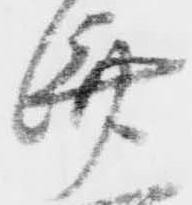
済